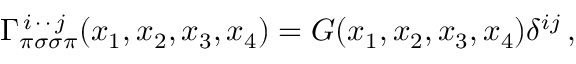
\Gamma _ { \pi \sigma \sigma \pi } ^ { \, i \, \cdot \, \cdot \, j } ( x _ { 1 } , x _ { 2 } , x _ { 3 } , x _ { 4 } ) = G ( x _ { 1 } , x _ { 2 } , x _ { 3 } , x _ { 4 } ) \delta ^ { i j } \, ,